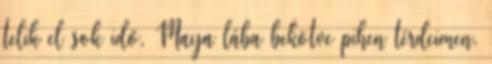
telik el sok idő, Maya lába bekötve pihen térdeimen.